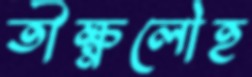
তীক্ষ্ণলৌহ